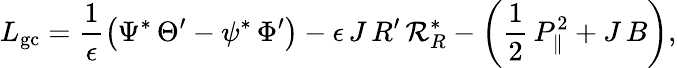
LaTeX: L_{\mathrm{gc}}=\frac{1}{\epsilon}\left(\Psi^{*}\, \Theta^{\prime}-\psi^{*}\, \Phi^{\prime}\right)-\epsilon\, J\, R^{\prime}\, {\cal R}_{R}^{*}-\left(\frac{1}{2}\, P_{\| }^{2}+J\, B\right),